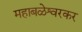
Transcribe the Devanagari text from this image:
महाबळेश्वरकर